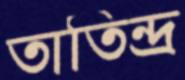
তাতিন্দ্র